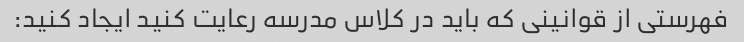
فهرستی از قوانینی که باید در کلاس مدرسه رعایت کنید ایجاد کنید: